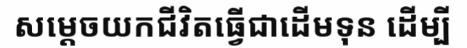
សម្តេចយកជីវិតធ្វើជាដើមទុន ដើម្បី